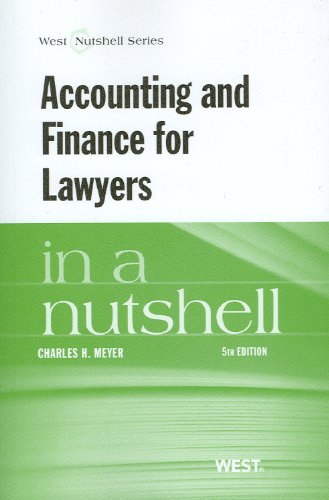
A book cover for Accounting and Finance for Lawyers in a Nutshell; Charles Meyer; Law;